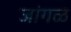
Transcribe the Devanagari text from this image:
जांगळ